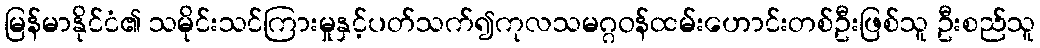
မြန်မာနိုင်ငံ၏ သမိုင်းသင်ကြားမှုနှင့်ပတ်သက်၍ကုလသမဂ္ဂဝန်ထမ်းဟောင်းတစ်ဦးဖြစ်သူ ဦးစည်သူ